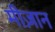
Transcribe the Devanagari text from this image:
मीज़ान